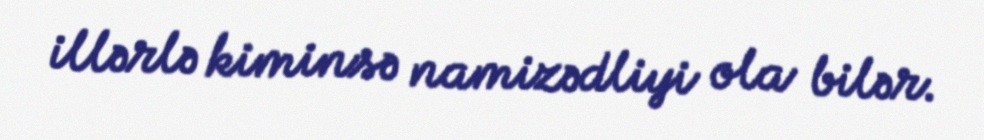
illərlə kiminsə namizədliyi ola bilər.